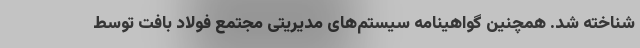
شناخته شد. همچنین گواهینامه سیستم‌های مدیریتی مجتمع فولاد بافت توسط